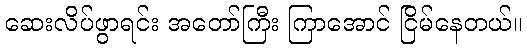
ဆေးလိပ်ဖွာရင်း အတော်ကြီး ကြာအောင် ငြိမ်နေတယ်။